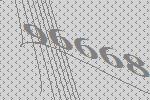
96668